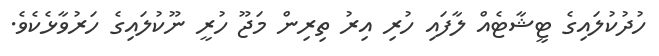
ހުދުކުލައިގެ ޓީޝާޓެއް ލާފައި ހުރި އިރު ތިރިން މަޖޫ ހުރީ ނޫކުލައިގެ ހަރުވާޅެކެވެ.